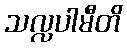
သလ္လပါမီတိ